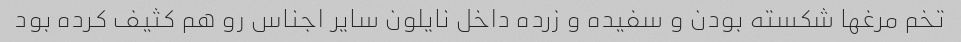
تخم مرغها شکسته بودن و سفیده و زرده داخل نایلون سایر اجناس رو هم کثیف کرده بود